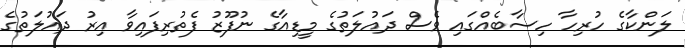
ލަންކާގެ ހުރިހާ ހިސާބެއްގައި ވެސް ދައުލަތުގެ މީޑިއާގެ ނުފޫޒު ފެތުރިފައިވާ އިރު ދައުލަތުގެ